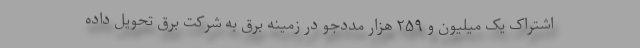
اشتراک یک میلیون و ۲۵۹ هزار مددجو در زمینه برق به شرکت برق تحویل داده